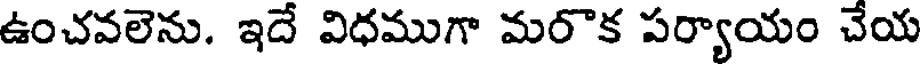
ఉంచవలెను. ఇదే విధముగా మరొక పర్యాయం చేయ